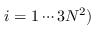
i = 1 \cdots 3 N ^ { 2 } )